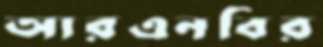
আরএনবির